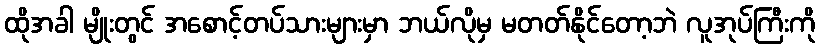
ထိုအခါ မျိုးတွင် အစောင့်တပ်သားများမှာ ဘယ်လိုမှ မတတ်နိုင်တော့ဘဲ လူအုပ်ကြီးကို